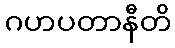
ဂဟပတာနီတိ